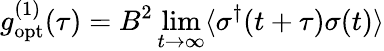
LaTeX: g_{\mathrm{opt}}^{(1)}(\tau)=B^{2}\operatorname*{lim}_{t\rightarrow\infty}\langle\sigma^{\dagger}(t+\tau)\sigma(t)\rangle